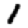
Digit: 1